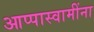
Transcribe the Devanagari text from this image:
आप्पास्‍वामींना